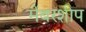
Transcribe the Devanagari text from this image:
मेंबरशीप